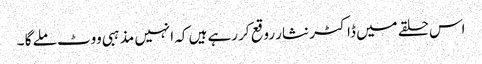
اس حلقے میں ڈاکٹر نثار روقع کر رہے ہیں کہ انہیں مذہبی ووٹ ملے گا ۔